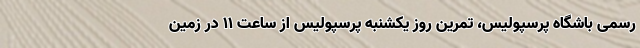
رسمی باشگاه پرسپولیس، تمرین روز یکشنبه پرسپولیس از ساعت 11 در زمین